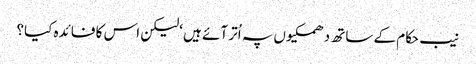
نیب حکام کے ساتھ دھمکیوں پہ اُتر آئے ہیں ‘لیکن اس کا فائدہ کیا؟